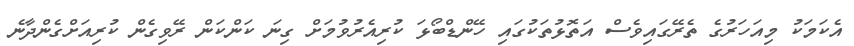
އެކަމަކު މިއަހަރުގެ ތެރޭގައިވެސް އަތޮޅުތަކުގައި ހޭންޑްބޯޅަ ކުރިއެރުވުމަށް ގިނަ ކަންކަން ރޭވިގެން ކުރިއަށްގެންދާނެ